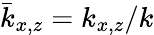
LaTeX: {\bar{k}}_{x,z}=k_{x,z}/k